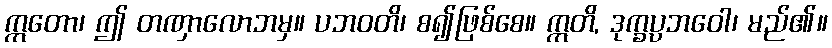
ဣတော၊ ဤ တဏှာလောဘမှ။ ပဘဝတိ၊ စ၍ဖြစ်စေ။ ဣတိ, ဒုက္ခပ္ပဘဝေါ၊ မည်၏။